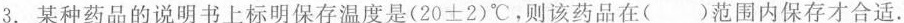
3.某种药品的说明书上标明保存温度是(20±2)℃，则该药品在()范围内保存才合适.